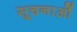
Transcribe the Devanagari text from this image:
सूचनाओें